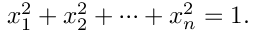
x _ { 1 } ^ { 2 } + x _ { 2 } ^ { 2 } + \cdots + x _ { n } ^ { 2 } = 1 .